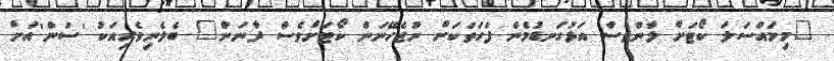
"މިމައްސަލަ ކޯޓަށް ލާންވެސް އަޅުގަނޑުމެން ފަހަތަކަށް ނުޖެހޭނަން ކޯޓަށްވެސް ދާނަން" ބެލެނިވެރިއަކު 'ސަން'އަށް